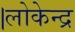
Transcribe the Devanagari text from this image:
।लोकेन्द्र